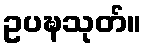
ဥပဍ္ဎသုတ်။